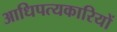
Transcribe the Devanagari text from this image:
आधिपत्यकारियों